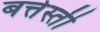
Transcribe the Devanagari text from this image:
बत्तेस्ती